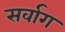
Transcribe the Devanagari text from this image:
सर्वाग